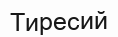
Тиресий